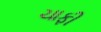
ચાફી